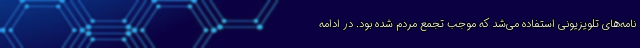
نامه‌های تلویزیونی استفاده می‌شد که موجب تجمع مردم شده بود. در ادامه